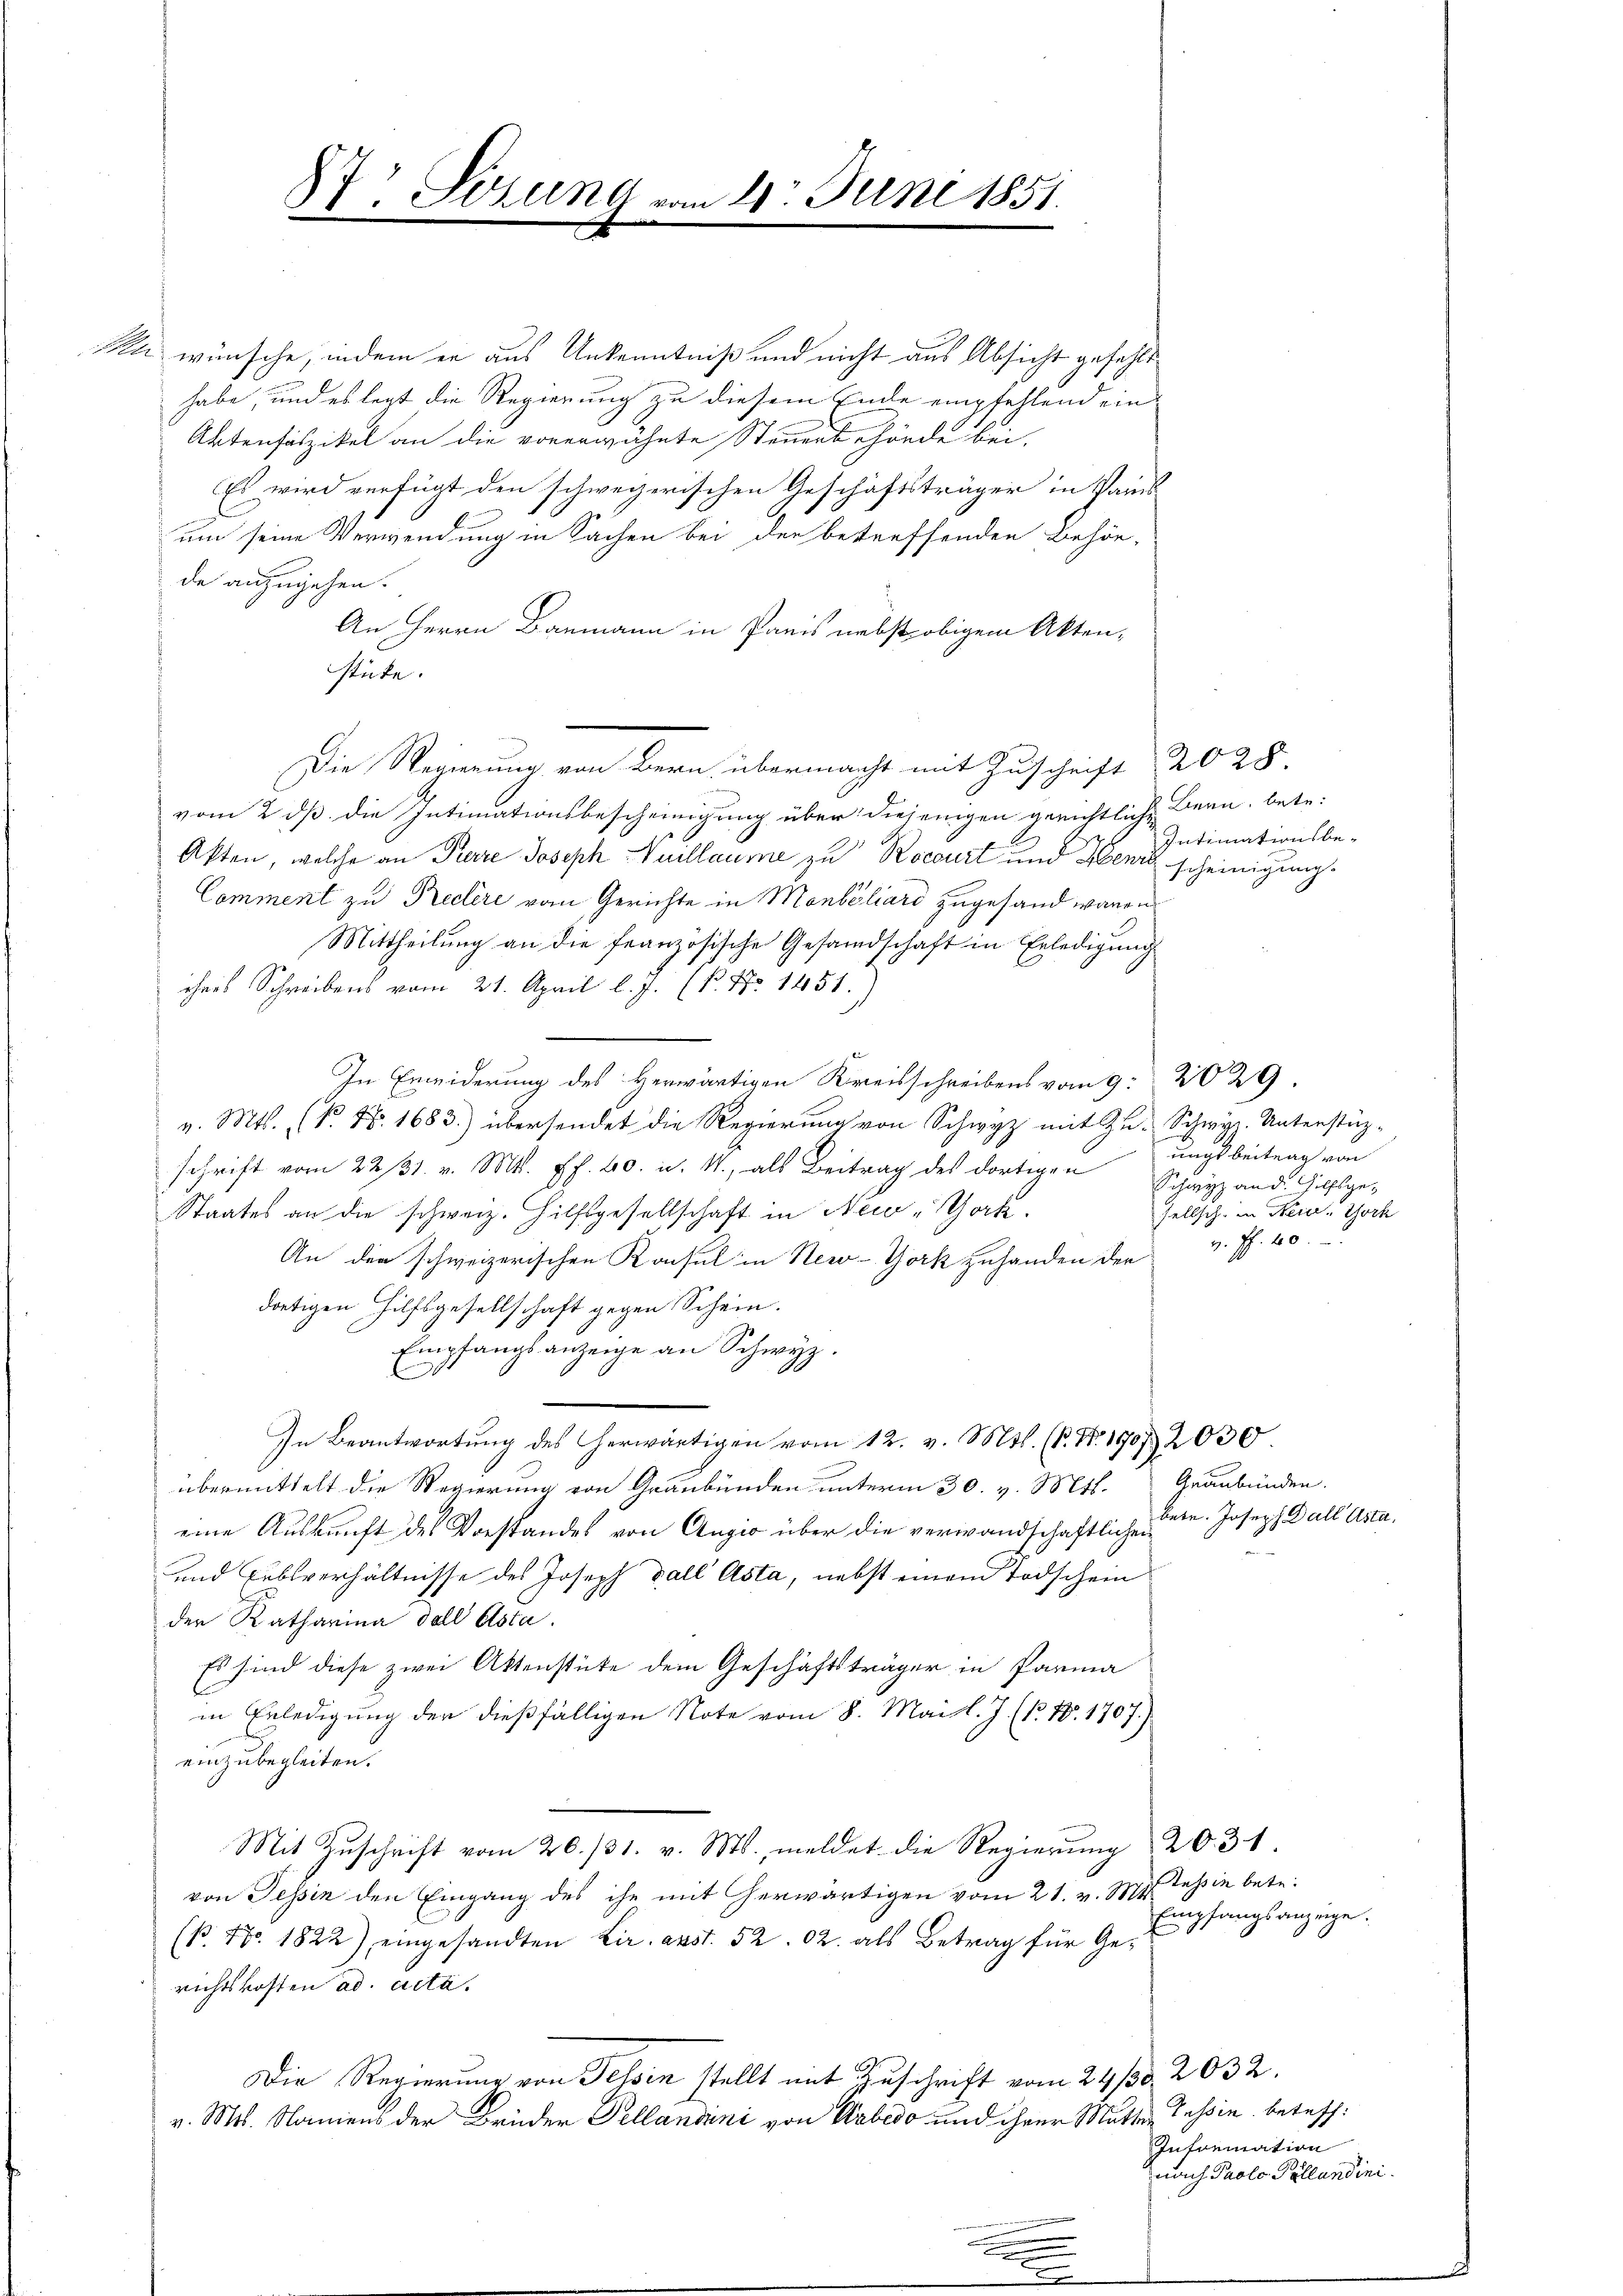
87 Sezung vom 20. Juni 1851.

Kle wünsche, indem er aus Ankenntniß und nicht aus Absicht gefehlt
habe, und es legt die Regierung zu diesem Ende empfehlend ein¬
Aktenfaszikel an die vorerwähnte Steuert hörde bei,
Es wird verfügt den schweizerischen Geschäftsträger in Pans
um seine Verwendung in Sachen bei der betreffenden Behör-
de anzugehen.
An Herrn Baumann in Preis nebst obigem Akten-
stüte.
vom 2 dß die Intimationsbescheinigung über diejenigen gerichtliche Bern, betr.
Akten, welche an Pierre Joseph Vuillaume zu Rocourt und Henri scheinigung.
Comment zu Rechere vom Gerichte in Mobiliard zugesand waren
Mittheilung an die französische Gesandschaft in Erledigung
ihres Schreibens vom 21. April l. J. P. Nr. 1451.
In Erwiderung des Herwärtigen Kreisschreibens vom 9. 2029
v. Mts. (N. N. 1683.) übersendet die Regierung von Schwyz mit Zu- Schwyz. Unterstüz-
schrift vom 22. 31. v. Mtt. ff. 60. d. M., als Beitrag des dortigen
Staates an die schweiz. Hilfsgesellschaft in New-York
An den schweizerischen Konsul in New-York zuhanden der
dortigen Hilfsgesellschaft gegen Schein.
Empfangsanzeige an Schwyz.
In Beantwortung des erwärtigen vom 12. v. Mts. (T. Nr. 1903 2030.
übermittelt die Regierung von Graubünden unterm 30. v. Mts. Graubünden.
eine Auskunft des Vorstandes von Angio über die verwandschaftliche Seen. Joseph Dall Asta,
und Lublverhältnisse des Joseph Fall Asta, nebst einem Todschein
der Katharina dell Asta.
Es sind diese zwei Aktenstücke dem Geschäftsträger in Parma
b
in Erledigung der dießfälligen Note vom 8. Mai l. J. (N. N. 1707.)
einzubegleiten.
Mit Zuschrift vom 20./31. v. Ms., meldet die Regierung 2031.
von Tessin den Eingang des ihr mit herwärtigen vom 21. v. 1877 Jassin bete¬
(B. 17. 1822), eingesandten Lir. abst. 5202. als Betrag für Gerichtskosten ad acta.
Die Regierung von Fessen stellt mit Zuschrift vom 24/30. 2032.
v. Mts. Namens der Brüder Sellandini von Arbedo und ihrer Mutter Tessin betreff¬

Die Regierung von Bern, übermacht mit Zuschrift 2028.

Intimationsbe-

ungsbeitrag von
Schwyz an d. Hilfsgesellsch in Reine York
v. ff. 460.

Empfangsanzeige.

Information
nach Prolo Pöllandini.